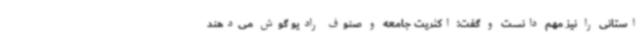
استانی را نیز مهم دانست و گفت: اکثریت جامعه و صنوف رادیو گوش می‌دهند